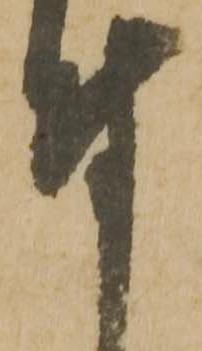
付